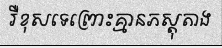
រឺខុសទេព្រោះគ្មានភស្តុតាង